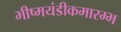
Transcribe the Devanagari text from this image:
भीष्मयंडीकमारम्भ